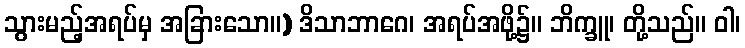
သွားမည့်အရပ်မှ အခြားသော။) ဒိသာဘာဂေ၊ အရပ်အဖို့၌။ ဘိက္ခူ၊ တို့သည်။ ဝါ၊